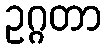
ဥဂ္ဂတာ